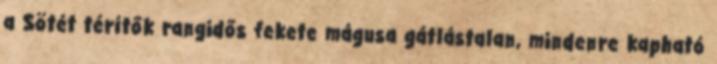
a Sötét térítők rangidős fekete mágusa gátlástalan, mindenre kapható